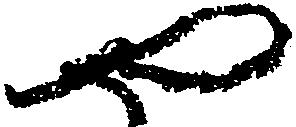
や